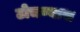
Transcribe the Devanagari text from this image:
टोचण्यास